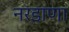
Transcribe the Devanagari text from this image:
नरडाणा